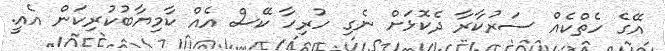
އޭގެ ހެތްކެއް ސަރުކާރާ ދެކޮޅަށް ނެގި ހުރިހާ ކޭސް އެއް ކާމިޔާބުކުރިކަން އެއީ.